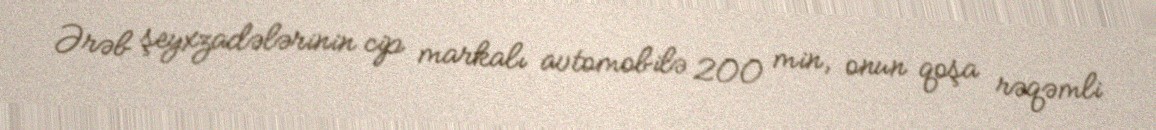
Ərəb şeyxzadələrinin cip markalı avtomobilə 200 min, onun qoşa rəqəmli